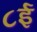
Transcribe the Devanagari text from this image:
८ई